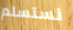
نستسلم